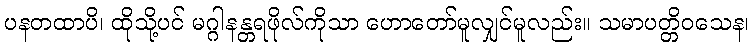
ပနတထာပိ၊ ထိုသို့ပင် မဂ္ဂါနန္တရဖိုလ်ကိုသာ ဟောတော်မူလျှင်မူလည်း။ သမာပတ္တိဝသေန၊